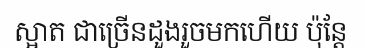
ស្អាត ជាច្រើនដួងរួចមកហើយ ប៉ុន្តែ